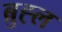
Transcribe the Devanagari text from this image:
ब्रुह्ल